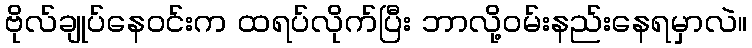
ဗိုလ်ချုပ်နေဝင်းက ထရပ်လိုက်ပြီး ဘာလို့ဝမ်းနည်းနေရမှာလဲ။